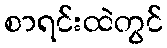
စာရင်းထဲတွင်